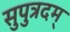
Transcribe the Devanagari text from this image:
सुपुत्रदम्